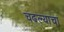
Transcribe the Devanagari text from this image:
चढल्याचा